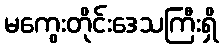
မကွေးတိုင်းဒေသကြီးရှိ